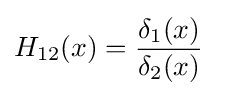
H_{12}(x)={\frac {\delta _{1}(x)}{\delta _{2}(x)}}\quad